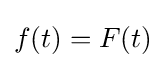
f(t)=F(t)